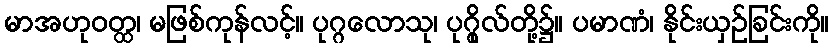
မာအဟုဝတ္ထ၊ မဖြစ်ကုန်လင့်။ ပုဂ္ဂလောသု၊ ပုဂ္ဂိုလ်တို့၌။ ပမာဏံ၊ နိုင်းယှဉ်ခြင်းကို။